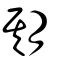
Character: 期